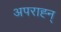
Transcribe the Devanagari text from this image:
अपराह्न्